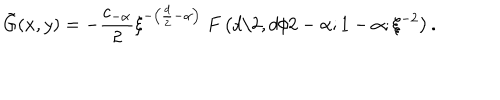
\tilde { G } ( x , y ) = - \frac { c _ { - \alpha } } 2 \xi ^ { - \left( \frac { d } 2 - \alpha \right) } \; F \left( d / 2 , d / 2 - \alpha ; 1 - \alpha ; \xi ^ { - 2 } \right) .